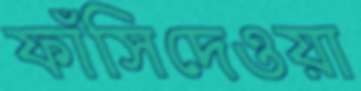
ফাঁসিদেওয়া